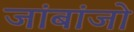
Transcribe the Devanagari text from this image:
जांबांजो